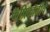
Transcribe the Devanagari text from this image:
कॅप्रिकॉर्नीचे